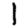
Digit: 1